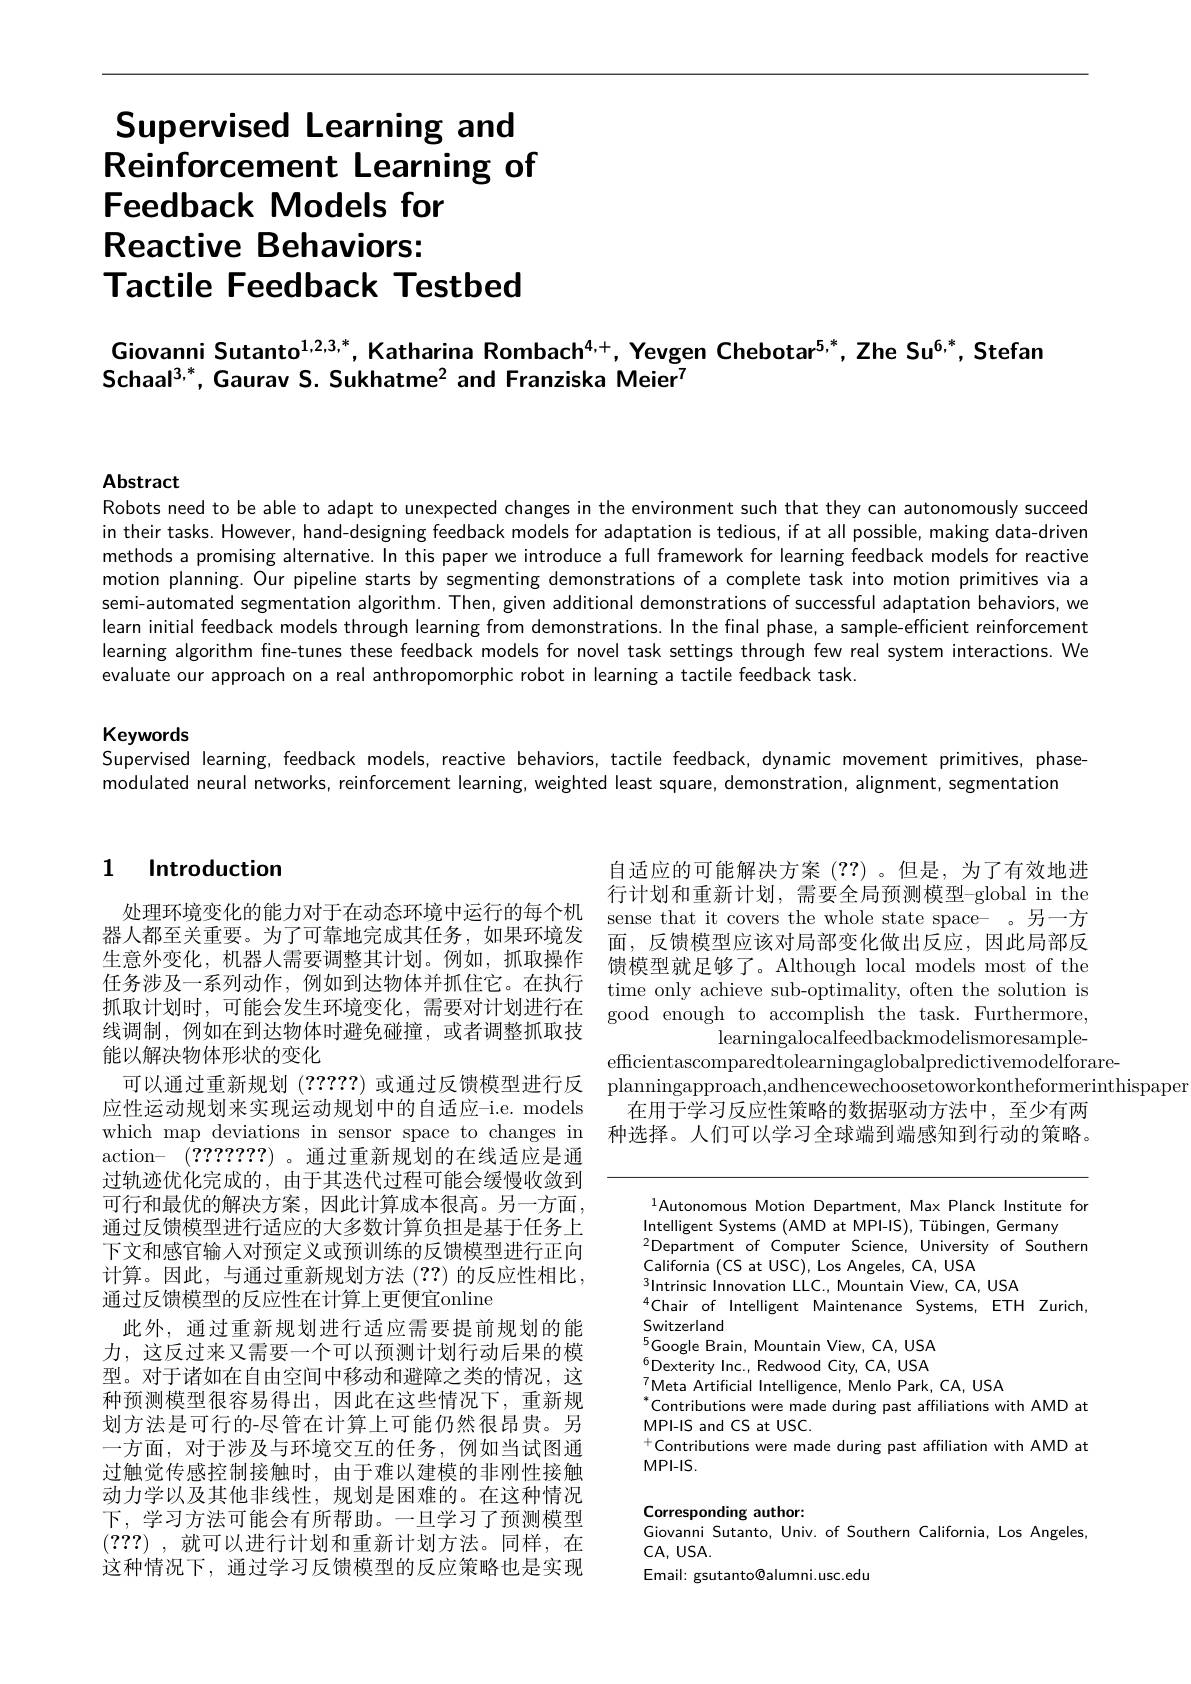
# Supervised Learning and Reinforcement Learning of Feedback Models for $\textbf{Reactive Behaviors: }$ Tactile Feedback Testbed

Giovanni Sutanto$^{1,2,3,*}$,Katharina Rombach$^{4,+}$,Yevgen Chebotar$^{5,*}$,Zhe Su$^{6,*}$,Stefan
Schaal$^{3,*}$,Gaurav S. Sukhatme$^2$ and Franziska Meier$^7$

Abstract
Robots need to be able to adapt to unexpected changes in the environment such that they can autonomously succeed

in their tasks. However, hand-designing feedback models for adaptation is tedious, if at all possible, making data-driven methods a promising alternative. In this paper we introduce a full framework for learning feedback models for reactive motion planning. Our pipeline starts by segmenting demonstrations of a complete task into motion primitives via a semi-automated segmentation algorithm. Then, given additional demonstrations of successful adaptation behaviors, we learn initial feedback models through learning from demonstrations. In the final phase, a sample-efficient reinforcement learning algorithm fine-tunes these feedback models for novel task settings through few real system interactions. We evaluate our approach on a real anthropomorphic robot in learning a tactile feedback task.

Keywords
Supervised learning, feedback models, reactive behaviors, tactile feedback, dynamic movement primitives, phase-

modulated neural networks, reinforcement learning, weighted least square, demonstration, alignment, segmentation

自适应的可能解决方案(??)。但是，为了有效地进行计划和重新计划，需要全局预测模型-global in the sense that it covers the whole state space- 。另一方面，反馈模型应该对局部变化做出反应，因此局部反馈模型就足够了。Although local models most of the time only achieve sub-optimality, often the solution is good enough to accomplish the task. Furthermore,
${\mathrm{learningalocalfeedbackmodelismoresample-}}$
efficientascomparedtolearningaglobalpredictivemodelforare-
planningapproach,andhencewechoosetoworkontheformerinthispapen
在用于学习反应性策略的数据驱动方法中，至少有两种选择。人们可以学习全球端到端感知到行动的策略。

### 1 Introduction

处理环境变化的能力对于在动态环境中运行的每个机器人都至关重要。为了可靠地完成其任务，如果环境发生意外变化，机器人需要调整其计划。例如，抓取操作任务涉及一系列动作，例如到达物体并抓住它。在执行抓取计划时，可能会发生环境变化，需要对计划进行在线调制，例如在到达物体时避免碰撞，或者调整抓取技能以解决物体形状的变化
可以通过重新规划(?????)或通过反馈模型进行反应性运动规划来实现运动规划中的自适应-i.e. models which map deviations in sensor space to changes in action- (????????) 。通过重新规划的在线适应是通过轨迹优化完成的，由于其迭代过程可能会缓慢收敛到可行和最优的解决方案，因此计算成本很高。另一方面， 通过反馈模型进行适应的大多数计算负担是基于任务上下文和感官输入对预定义或预训练的反馈模型进行正向计算。因此，与通过重新规划方法(??)的反应性相比， 通过反馈模型的反应性在计算上更便宜online
此外，通过重新规划进行适应需要提前规划的能力，这反过来又需要一个可以预测计划行动后果的模型。对于诸如在自由空间中移动和避障之类的情况，这种预测模型很容易得出，因此在这些情况下，重新规划方法是可行的-尽管在计算上可能仍然很昂贵。另一方面，对于涉及与环境交互的任务，例如当试图通过触觉传感控制接触时，由于难以建模的非刚性接触动力学以及其他非线性，规划是困难的。在这种情况下，学习方法可能会有所帮助。一旦学习了预测模型(???) ,就可以进行计划和重新计划方法。同样，在这种情况下，通过学习反馈模型的反应策略也是实现

$^{1}$Autonomous Motion Department, Max Planck Institute for
Intelligent Systems (AMD at MPI-IS), Tübingen, Germany
$^{2}$Department of Computer Science, University of Southern
California (CS at USC),Los Angeles, CA, USA
$^{3}$Intrinsic Innovation LLC., Mountain View, CA, USA
$^{4}$Chair of Intelligent Maintenance Systems, ETH Zurich,
Switzerland
$^{5}$Google Brain, Mountain View, CA, USA $^{6}$Dexterity Inc., Redwood City, CA, USA $_{*}^{7}$Meta Artificial Intelligence, Menlo Park, CA, USA
$^*$Contributions were made during past affiliations with AMD at
MPI-IS and CS at USC.
Contributions were made during past affiliation with AMD at
$MPI-IS.$

Corresponding author:
Giovanni Sutanto, Univ. of Southern California, Los Angeles,
$CA,USA.$
Email: gsutanto@alumni.usc.edu